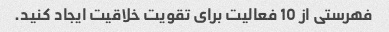
فهرستی از 10 فعالیت برای تقویت خلاقیت ایجاد کنید.